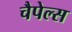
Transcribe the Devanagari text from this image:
चैपेल्स